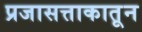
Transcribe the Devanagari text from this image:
प्रजासत्ताकातून